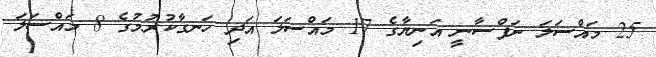
25 މައްސަލަ ނަފްސާނީ އަނިޔާގެ 17 މައްސަލަ އަދި ހަނގާކުރުމުގެ 8 މައްސަލަ